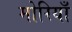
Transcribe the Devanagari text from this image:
मोरियाँ